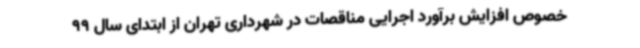
خصوص افزایش برآورد اجرایی مناقصات در شهرداری تهران از ابتدای سال 99